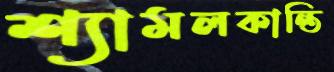
শ্যামলকান্তি